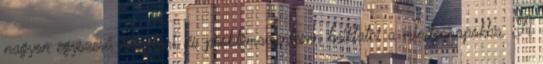
nagyon egyszerű betartani, és problémamentesen beiktatni a mindennapokba. A